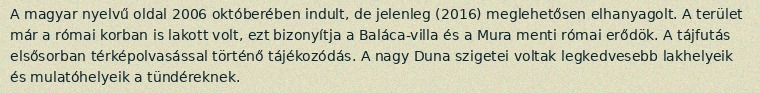
A magyar nyelvű oldal 2006 októberében indult, de jelenleg (2016) meglehetősen elhanyagolt. A terület már a római korban is lakott volt, ezt bizonyítja a Baláca-villa és a Mura menti római erődök. A tájfutás elsősorban térképolvasással történő tájékozódás. A nagy Duna szigetei voltak legkedvesebb lakhelyeik és mulatóhelyeik a tündéreknek.